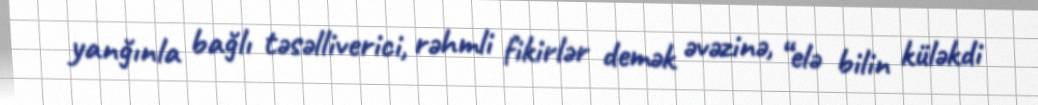
yanğınla bağlı təsəlliverici, rəhmli fikirlər demək əvəzinə, “elə bilin küləkdi